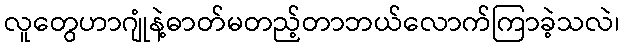
လူတွေဟာဂျုံနဲ့ဓာတ်မတည့်တာဘယ်လောက်ကြာခဲ့သလဲ၊